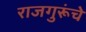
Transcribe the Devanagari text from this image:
राजगुरूंचे